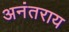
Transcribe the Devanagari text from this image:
अनंतराय